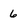
Character: 6